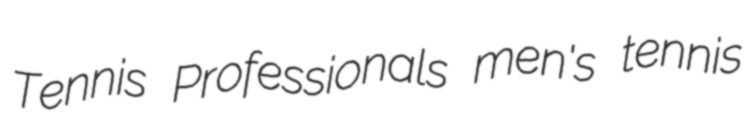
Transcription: Tennis Professionals men's tennis